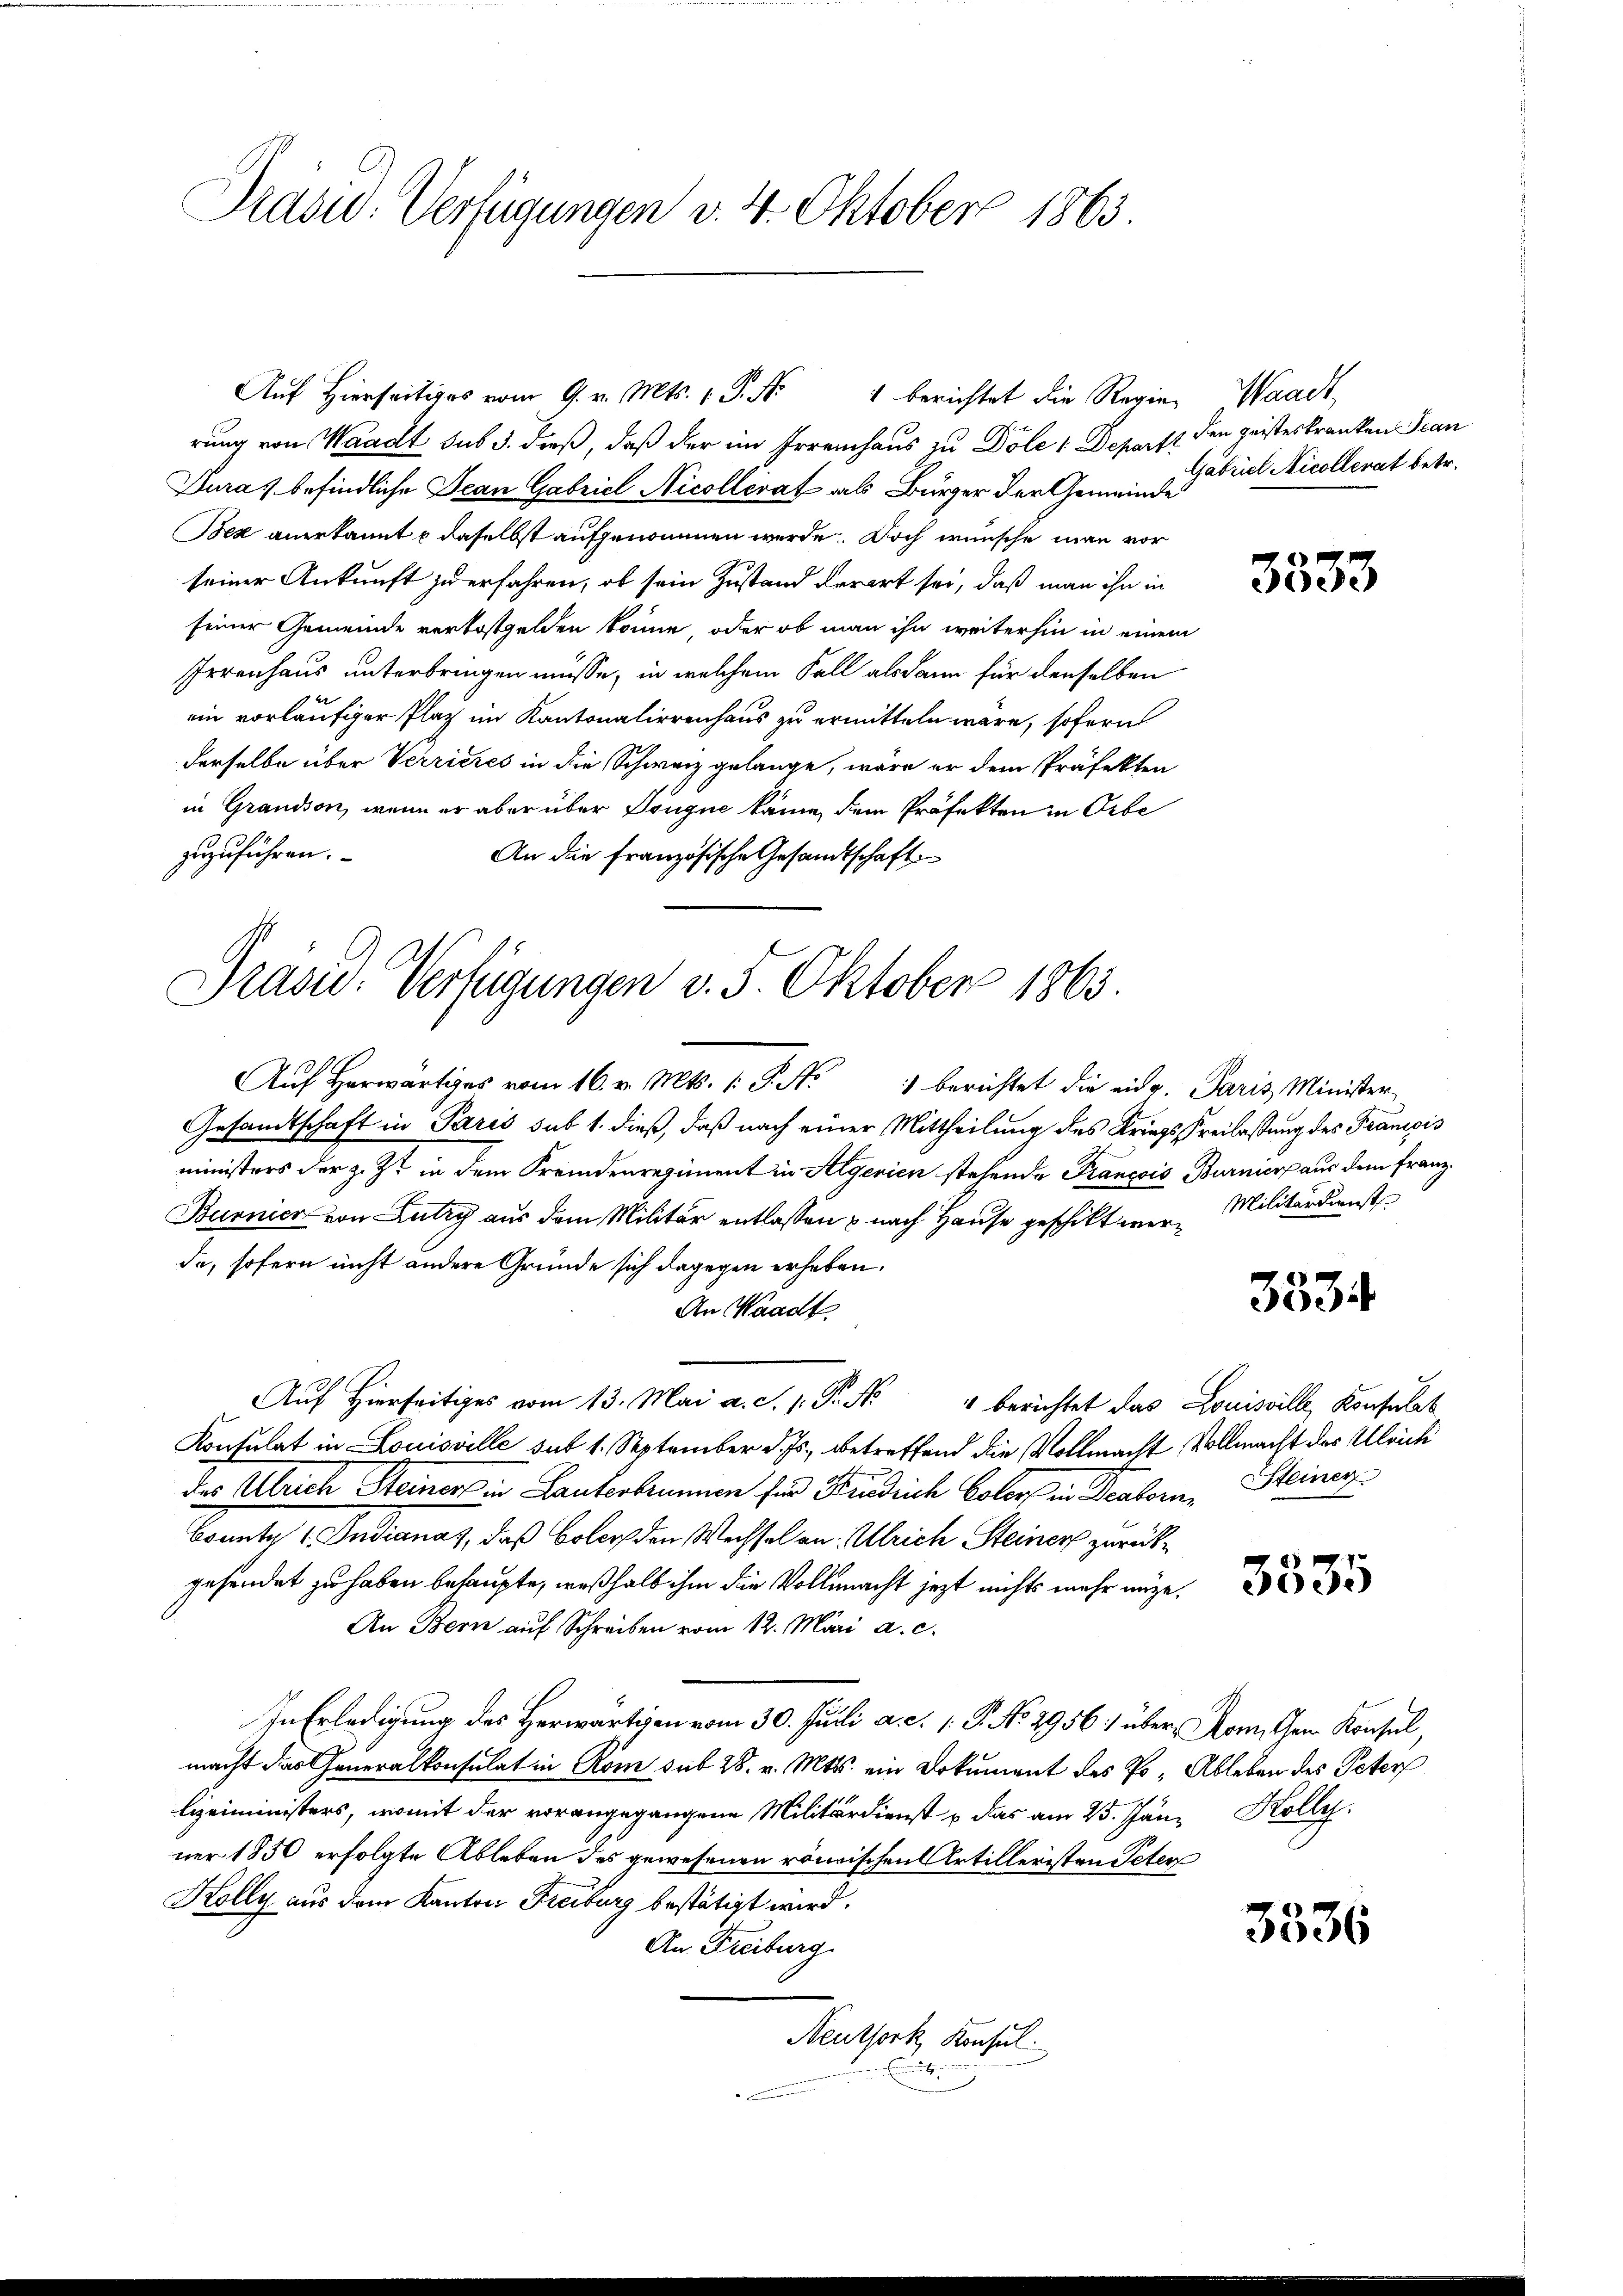
Präsid.. Verfügungen v. 4. Oktober 1863

rung von Waadt sub 3. dieß, daß der im Irrenhaus zu Dole 1 Departi
Duras befindliche Jean Gabriel Nicollerat als Bürger der Gemeinde
Bex anerkannt u daselbst aufgenommen werde. Doch wünsche man vor
seiner Ankunft zu erfahren, ob sein Zustand derart sei, daß man ihn in
seiner Gemeinde verkostgelden könne, oder ob man ihn weiterhin in einem
Irrenhaus unterbringen müsse, in welchem Fall alsdann für denselben
ein vorläufiger Platz im Kantonalirrenhaus zu ermitteln wäre, sofern
derselbe über Verrieres in die Schweiz gelange, wäre er dem Präfekten
in Grandson, wenn er aber über Tongue käme dem Präfekten in Orbe
zuzuführen.
An die französische Gesandtschaft
Aŭf herwärtiges vom 16. v. Mts. 1. P. Nr. 1 berichtet die eidg. Paris Minister
Gesandtschaft in Paris sub 1. dieß, daß nach einer Mittheilung des Kriegsfreilassung des Francis
ministers der z. Zt. in dem Fremdenregiment in Algerien stehende Francois Burnierpaus dem Franz¬
Burnier von Lutry aus dem Militär entlassen & nach Hause geschikt werda, sofern nicht andere Gründe sich dagegen erheben.
An Waadt
Auf hierseitiges vom 13. Mai a. c. p. P. Nr. 4 berichtet das Louisville, Konsulat
Konsulat in Louisville sub 1. September d. Js., betreffend die Vollmacht Vollmacht des Ulrich
das Ulrich Steiner in Ganterbrunnen für Kindlich Color in Beaborn, Steiner
konnte u. Indianat, daß Bolor den Wechsel an Ulrich Steiner zurückgesendet zu haben behaupte, weßhalb ihm die Vollmacht jezt nichts mehr möge.
An Bern auf Schreiben vom 12. Mari a. c.
In Erledigung des Herwärtigen vom 30. Juli a. c. 1. P. No. 2956; über Armuthen Konsel,
macht das Generalkonsulat in Rom sub 28. v. Mts. ein Dokument des Po- Ableben des Peter
lizeiministers, womit der vorangegangene Militärdienst u das am 25. Jänn Kolle.
ner 1850 erfolgte Ableben des gewesenen römischen Artilleristen Peter
Kolly aus dem Kanton Freiburg bestätigt wird.
An Freiburg
Neuthork, Konsul

Aŭf Hierseits vom 9. v. Mts. 1 S. Nr. 1 berichtet die Regie Waadt,

Präsid. Verfügungen v. 5. Oktober 1863.

den geisteskranken Stan
Gabriel Nicollerat betr.

3333

Militärdienst

3334

3535

3336